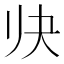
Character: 𱍬